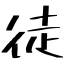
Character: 徒